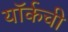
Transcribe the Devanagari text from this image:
यॉर्कची